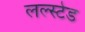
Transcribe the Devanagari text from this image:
लल्स्टेड